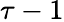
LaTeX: \tau-1